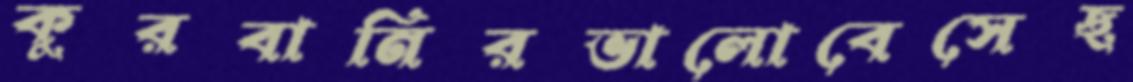
কুরবানিরভালোবেসেছ